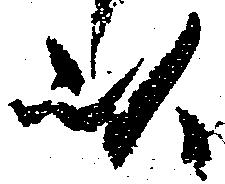
以